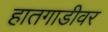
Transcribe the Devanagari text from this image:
हातगाडीवर